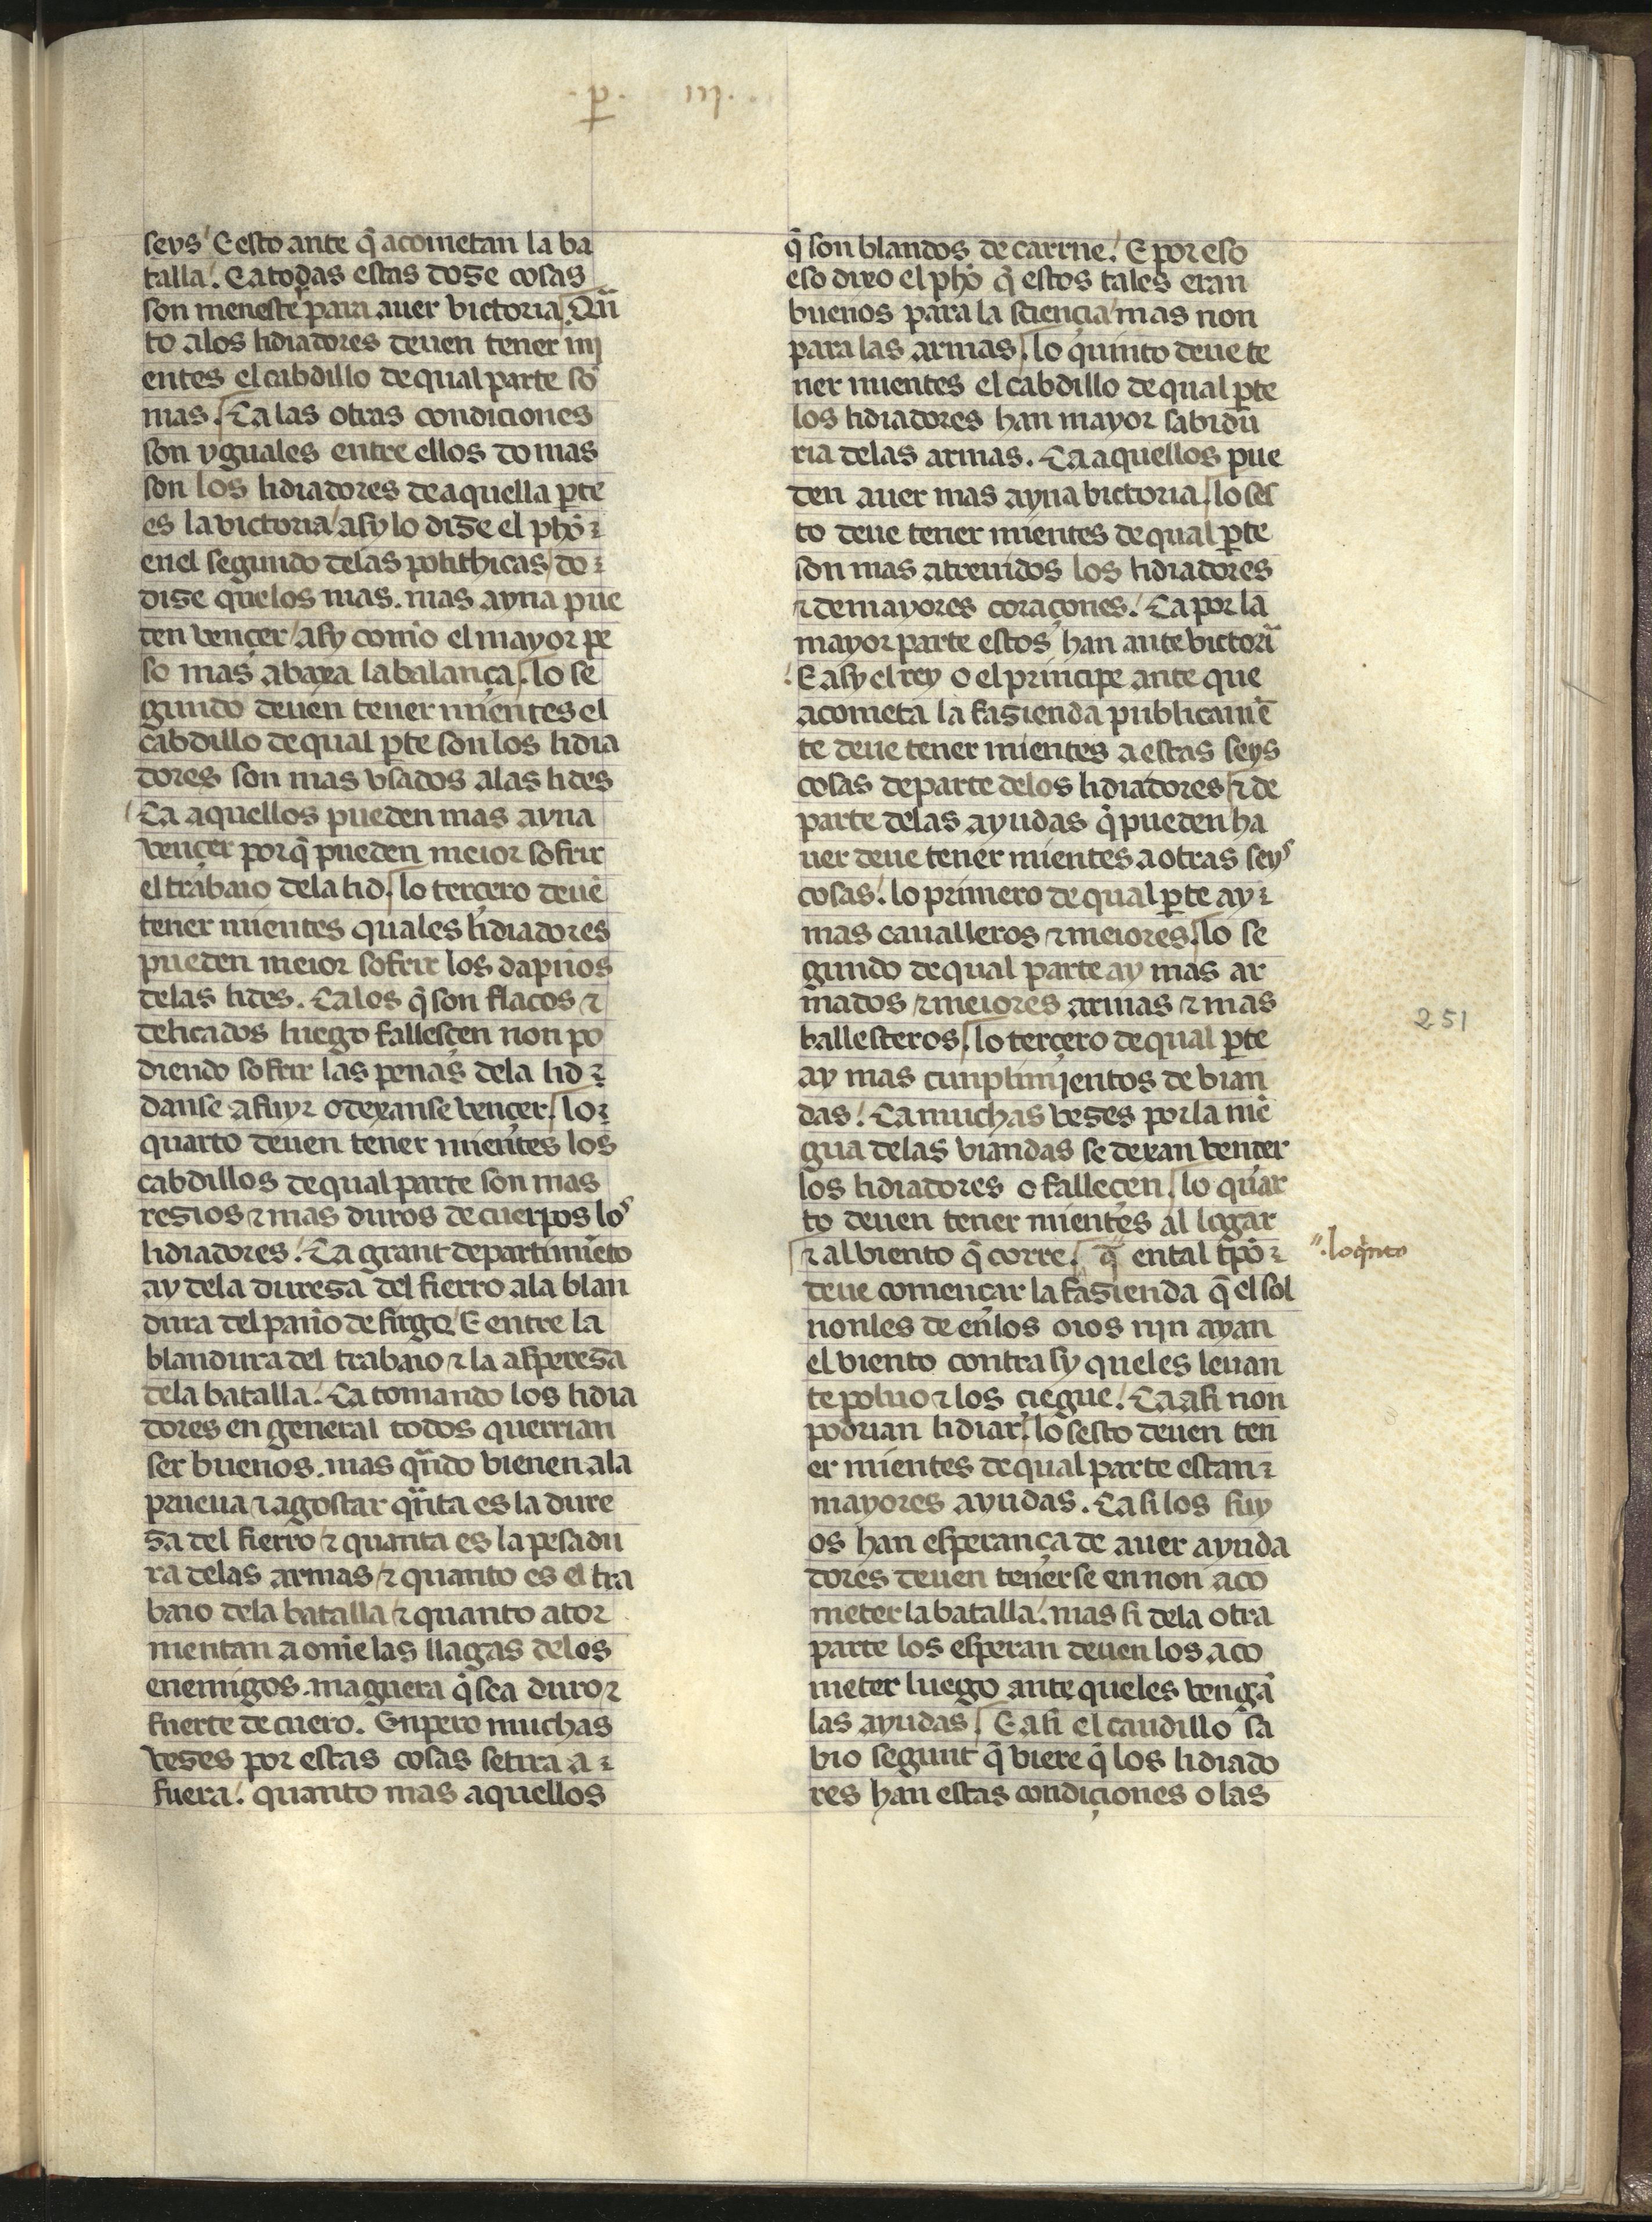
Shelfmark: Madrid, Fundación Lázaro Galdiano, mss 289
Century: 15